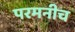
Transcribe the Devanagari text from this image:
परमनीच